Sanitation, dispensaries and jails vaccination Rajputana 1922-1927 - 1922-1927
Year: 1922
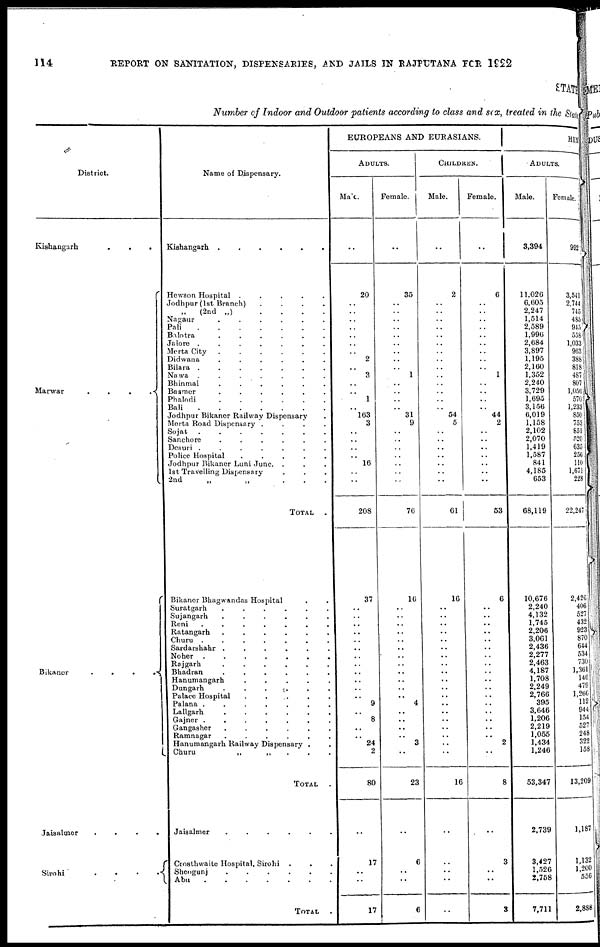
114 REPORT ON SANITATION, DISPENSARIES, AND JAILS IN RAJPUTANA FOR 1992
STATE
Number of Indoor and Outdoor patients according to class and sex, treated in the State
District.
Kishangarh
Marwar....
Bikaner....
Jaisalmer....
Sirohi....
Name of Dispensary.
Kishangarh......
Hewson Hospital.....
Jodhpur (1st Branch)....
„
(2nd
„)....
Nagaur......
Pali
Balotra......
Jalore.......
Merta
City......
Didwana......
Bilara.......
Nawa.......
Bhinmal......
Basmer......
Phalodi
Bali
Jodhpur Bikaner Railway Dispensary.
Merta Road Dispensary....
Sojat.......
Sanchore......
Desuri.......
Police Hospital.....
Jodhpur Bikaner Luni Junc....
1st Travelling Dispensary...
2nd
„
„
.
.
.
TOTAL.
Bikaner Bhagwandas Hospital..
Suratgarh......
Sujangarh......
Reni.......
Ratangarh......
Churu.......
Sardarshahr......
Noher.......
Rajgarh......
Bhadran......
Hanumangarh.....
Dungarh........
Palace Hospital.....
Palana.......
Lallgarh......
Gajner.......
Gangasher......
Ramnagar......
Hanumangarh Railway Dispensary..
Churu
„
„
...
TOTAL.
Jaisalmer......
Crosthwaite Hospital, Sirohi...
Sheogunj......
Abu.......
TOTAL.
EUROPEANS AND EURASIANS.
ADULTS.
Male.
..
20
..
..
..
..
..
..
..
2
..
3
..
..
1
..
163
3
..
..
..
..
16
..
..
208
37
..
..
..
..
..
..
..
..
..
..
..
..
9
..
8
..
..
24
2
80
..
17
..
..
17
Female.
..
35
..
..
..
..
..
..
..
..
..
1
..
..
..
..
31
9
..
..
..
..
..
..
..
76
16
..
..
..
..
..
..
..
..
..
..
..
..
4
..
..
..
..
3
..
23
..
6
..
..
6
CHILDREN.
Male.
..
2
..
..
..
..
..
..
..
..
..
..
..
..
..
..
54
5
..
..
..
..
..
..
..
61
16
..
..
..
..
..
..
..
..
..
..
..
..
..
..
..
..
..
..
..
16
..
..
..
..
..
Female.
..
6
..
..
..
..
..
..
..
..
..
1
..
..
..
..
44
2
..
..
..
..
..
..
..
53
6
..
..
..
..
..
..
..
..
..
..
..
..
..
..
..
..
..
2
..
8
..
3
..
..
3
HIN
ADULTS.
Male.
3,394
11,026
6,605
2,247
1,514
2,589
1,996
2,684
3,897
1,195
2,160
1,352
2,240
3,729
1,695
3,156
6,019
1,158
2,102
2,070
1,419
1,587
841
4,185
653
68,119
10,676
2,240
4,132
1,745
2,206
3,061
2,436
2,277
2,463
4,187
1,708
2,249
2,766
395
3,646
1,206
2,219
1,055
1,434
1,246
53,347
2,739
3,427
1,526
2,758
7,711
Female.
992
3,541
2,744
745
485
945
558
1,033
963
388
818
487
807
1,056
570
1,233
850
753
851
520
635
256
110
1,671
228
22,247
2,426
406
527
432
923
870
644
534
730
1,361
146
479
1,266
112
944
154
527
248
322
158
13,209
1,187
1,132
1,200
556
2,888